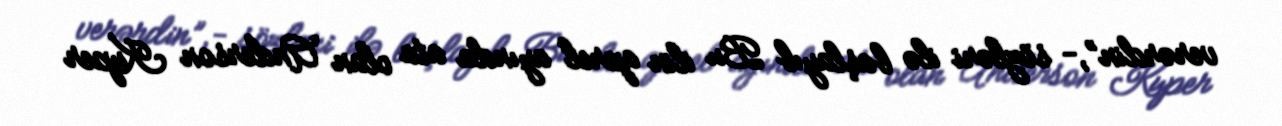
verərdin”,- sözləri ilə başlayıb Bu ilin aprel ayında ata olan Anderson Kuper